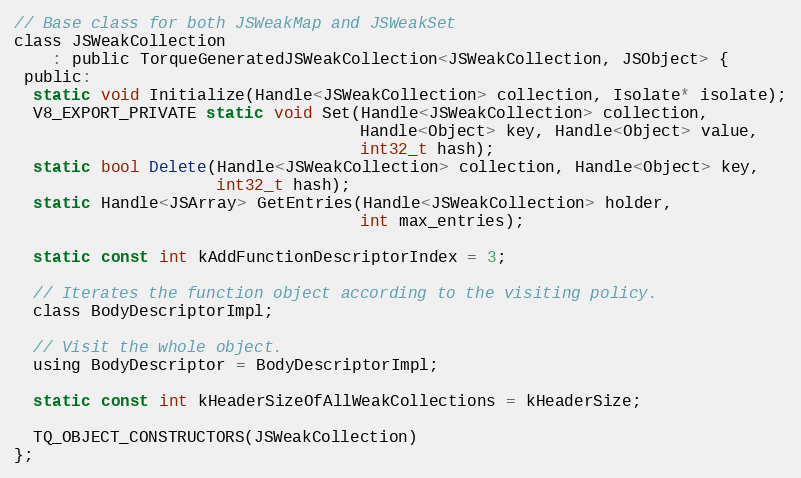
Language: C
// Base class for both JSWeakMap and JSWeakSet
class JSWeakCollection
    : public TorqueGeneratedJSWeakCollection<JSWeakCollection, JSObject> {
 public:
  static void Initialize(Handle<JSWeakCollection> collection, Isolate* isolate);
  V8_EXPORT_PRIVATE static void Set(Handle<JSWeakCollection> collection,
                                    Handle<Object> key, Handle<Object> value,
                                    int32_t hash);
  static bool Delete(Handle<JSWeakCollection> collection, Handle<Object> key,
                     int32_t hash);
  static Handle<JSArray> GetEntries(Handle<JSWeakCollection> holder,
                                    int max_entries);

  static const int kAddFunctionDescriptorIndex = 3;

  // Iterates the function object according to the visiting policy.
  class BodyDescriptorImpl;

  // Visit the whole object.
  using BodyDescriptor = BodyDescriptorImpl;

  static const int kHeaderSizeOfAllWeakCollections = kHeaderSize;

  TQ_OBJECT_CONSTRUCTORS(JSWeakCollection)
};